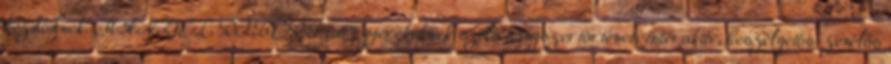
kezdődnek. MANDEL RÓBERT tart gyerekeknek szóló hangszertörténeti interaktív, beszélgetős-zenélős